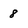
Character: 8